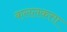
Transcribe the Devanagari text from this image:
कललकत्ता